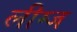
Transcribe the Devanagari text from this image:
लीग्ज